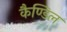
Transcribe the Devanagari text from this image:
कैण्डिल